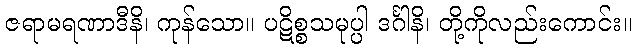
ဇရာမရဏာဒီနိ၊ ကုန်သော။ ပဋိစ္စသမုပ္ပါ ဒင်္ဂါနိ၊ တို့ကိုလည်းကောင်း။